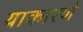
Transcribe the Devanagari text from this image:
याकारणे